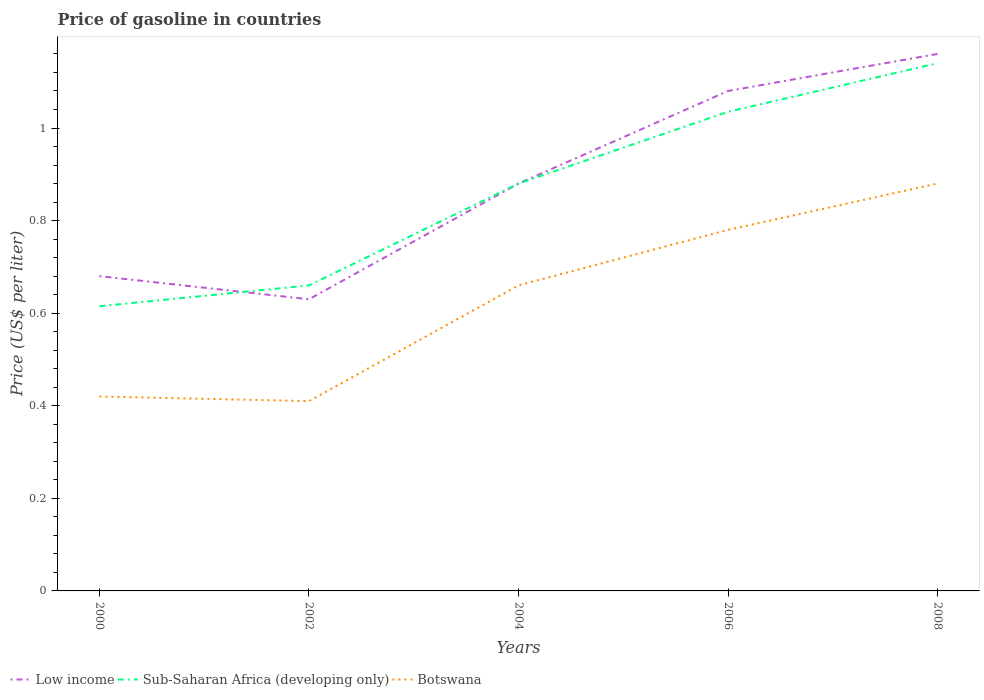
| Years | Low income | Sub-Saharan Africa (developing only) | Botswana |
 | --- | --- | --- | --- |
 | 2000 | 0.68 | 0.615 | 0.42 |
 | 2002 | 0.63 | 0.66 | 0.41 |
 | 2004 | 0.88 | 0.88 | 0.66 |
 | 2006 | 1.08 | 1.03 | 0.78 |
 | 2008 | 1.16 | 1.14 | 0.88 |